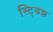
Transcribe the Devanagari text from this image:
स्ट्डिझ